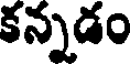
కన్నడం